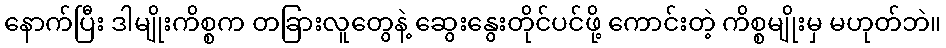
နောက်ပြီး ဒါမျိုးကိစ္စက တခြားလူတွေနဲ့ ဆွေးနွေးတိုင်ပင်ဖို့ ကောင်းတဲ့ ကိစ္စမျိုးမှ မဟုတ်ဘဲ။